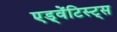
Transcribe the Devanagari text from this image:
एड्वेंटिस्ट्स